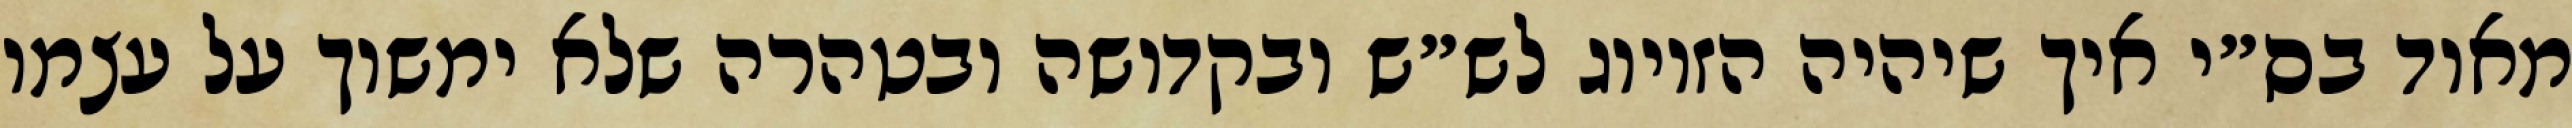
מאוד בס״י איך שיהיה הזיווג לש״ש ובקדושה ובטהרה שלא ימשוך על עצמו